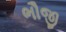
ભૌજી